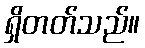
ရှိတတ်သည်။